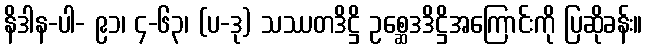
နိဒါန-ပါ- ၉၁၊ ၄-၆၃၊ (ပ-ဒု) သဿတဒိဋ္ဌိ ဥစ္ဆေဒဒိဋ္ဌိအကြောင်းကို ပြဆိုခန်း။